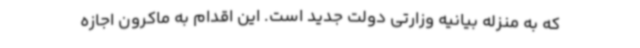
که به منزله بیانیه وزارتی دولت جدید است. این اقدام به ماکرون اجازه